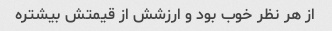
از هر نظر خوب بود و ارزشش از قیمتش بیشتره